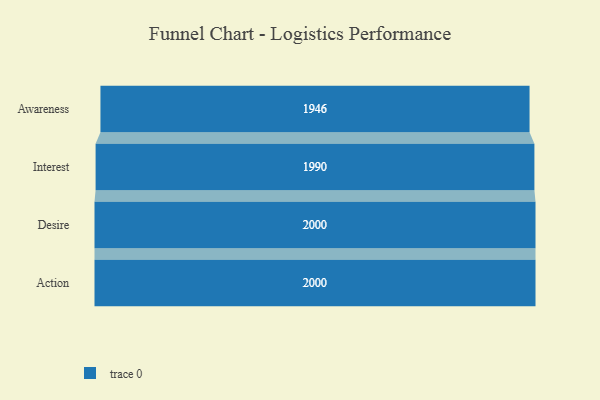
{"axis": {"x": "Stage", "y": "Value"}, "legend": [""], "data": [{"x": "Awareness", "y": 1946.0, "type": ""}, {"x": "Interest", "y": 1990.0, "type": ""}, {"x": "Desire", "y": 2000, "type": ""}, {"x": "Action", "y": 2000, "type": ""}]}